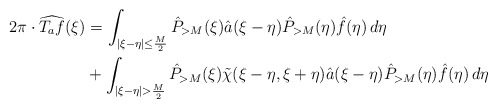
\begin{align*} 2\pi \cdot \widehat{T_a f}(\xi) &= \int_{|\xi-\eta|\leq \frac{M}{2}}\hat{P}_{>M}(\xi)\hat{a}(\xi-\eta)\hat{P}_{>M}(\eta)\hat{f}(\eta)\,d\eta \\ &+ \int_{|\xi-\eta|>\frac{M}{2}}\hat{P}_{>M}(\xi)\tilde{\chi}(\xi-\eta,\xi+\eta)\hat{a}(\xi-\eta)\hat{P}_{>M}(\eta)\hat{f}(\eta)\,d\eta \end{align*}